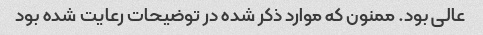
عالی بود. ممنون که موارد ذکر شده در توضیحات رعایت شده بود